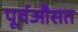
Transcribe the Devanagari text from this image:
पूर्वऔसत